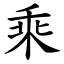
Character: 乘